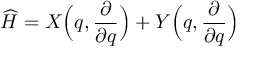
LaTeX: \widehat { H } = X \Bigl ( q , \frac { \partial } { \partial q } \Bigr ) + Y \Bigl ( q , \frac { \partial } { \partial q } \Bigr )